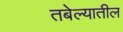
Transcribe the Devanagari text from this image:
तबेल्यातील